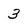
Character: 3